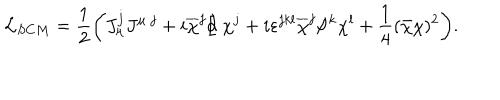
{ \cal L } _ { S C M } = \frac 1 2 \biggl ( J _ { \mu } ^ { j } J ^ { \mu ~ j } + i \overline { { { \chi } } } ^ { j } / \kern - . 5 e m \partial ~ \chi ^ { j } + i \varepsilon ^ { j k l } \overline { { { \chi } } } ^ { j } / \kern - . 5 e m J ^ { k } \chi ^ { l } + \frac 1 4 ( \bar { \chi } \chi ) ^ { 2 } \biggr ) .